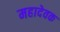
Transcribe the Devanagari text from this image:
महादेवक